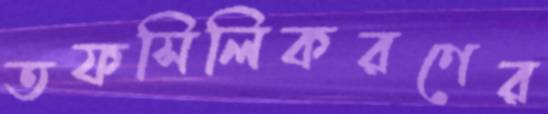
তফসিলিকরণের